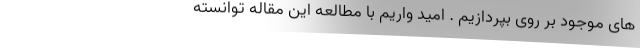
های موجود بر روی بپردازیم . امید واریم با مطالعه این مقاله توانسته